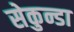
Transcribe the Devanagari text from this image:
सेकुन्डा